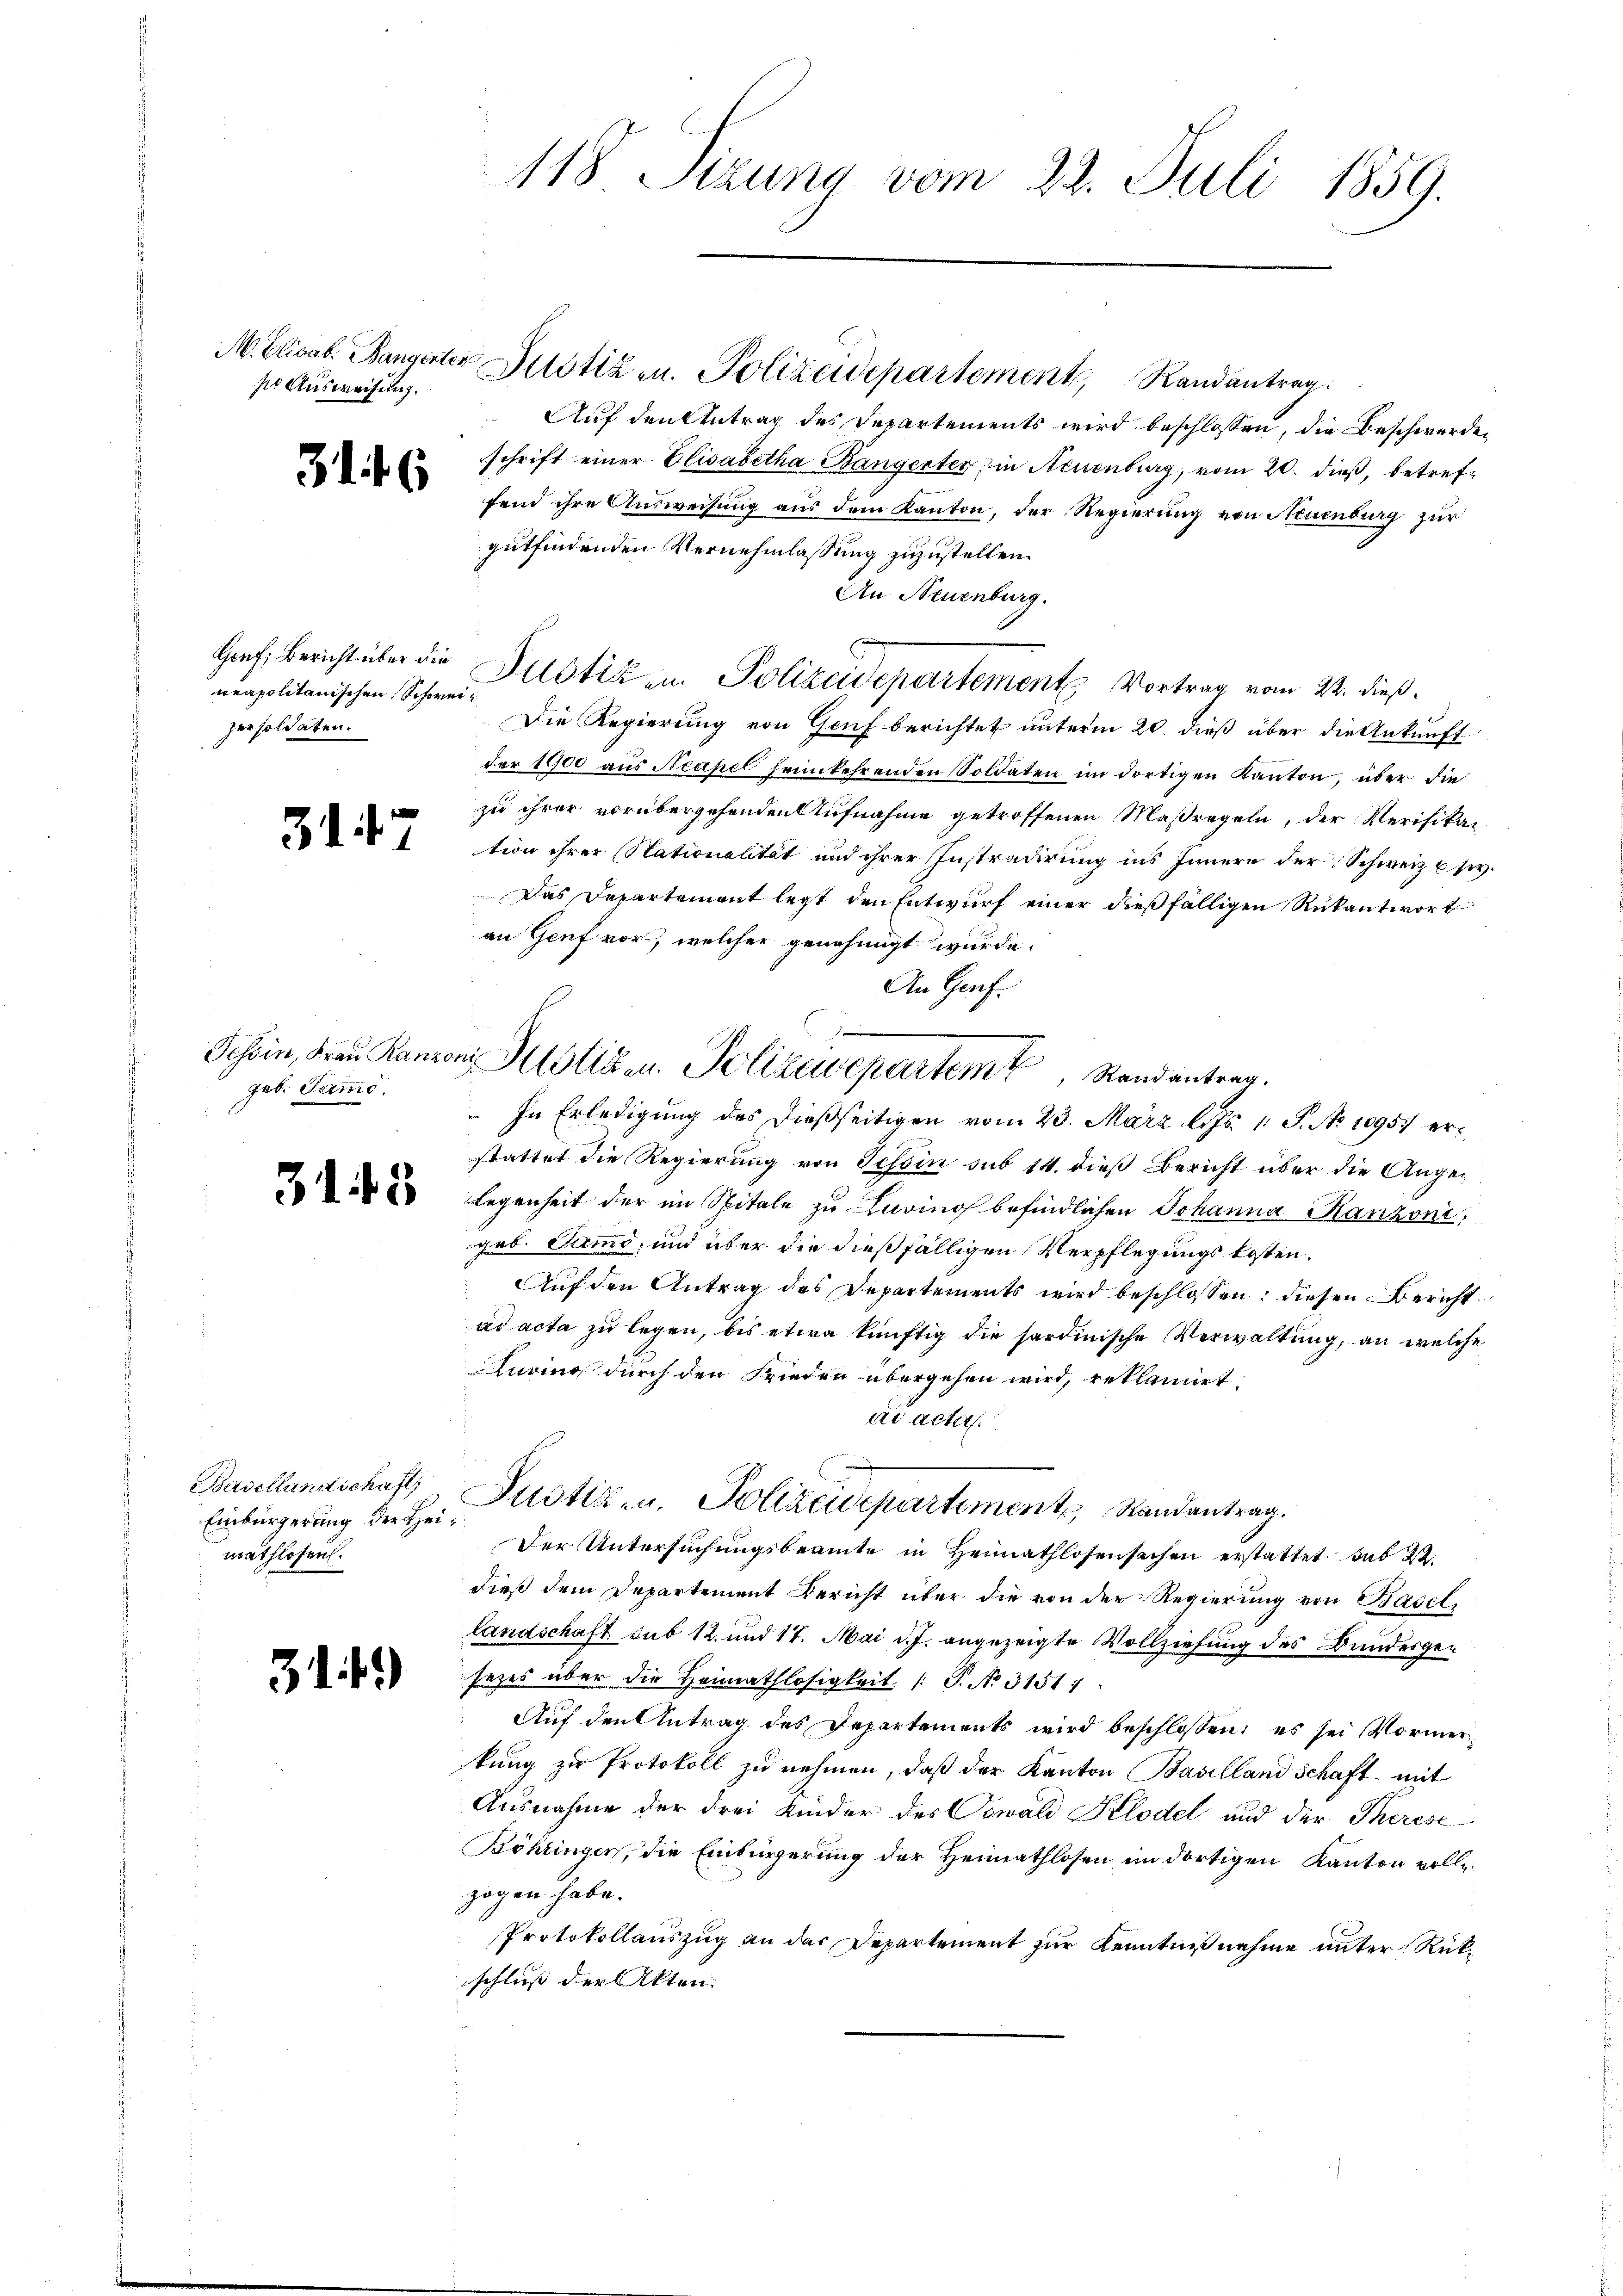
M. Elisab. Bangerter
se Ausweisung.

31. 46

neapolitanischen Schweipersoldaten.

31

geb. Sammo.

3145

Basellandschaft
Einbürgerung der Heimathlosen.

314)

118 Sizung vom 22. Juli 1859.

Potizen. Polizeidepartement, Randantrag
Auf den Antrag des Departements wird beschlossen, die Beschwerdeschrift einer Elisabetha Bangenten, in Neuenburg, vom 20. dieß, betreffend ihre Ausweisung aus dem Kanton, der Regierung von Neuenburg zur
gutfindenden Vernehmlassung zuzustellen.
An Neuenburg.
Hof, Bericht über die Sistik zu Polizeidepartement Vortrag vom 22. dieß.
Die Regierung von Genf berichtet unterm 20. dieß über die Ankunft
der 1900 aus Neapel heimkehrenden Soldaten im dortigen Kanton, über die
zu ihrer vorübergehenden Aufnahme getroffenen Maßregeln, der Verifikation ihrer Stationalität und ihrer Instradirung ins Innere der Schweiz 6 s.
Das Departement legt den Entwurf einer dießfälligen Rükantwort
an Genf vor, welcher genehmigt wurde.
An Genf.
" In Erledigung des dießseitigen vom 23. März l. Js. 1. S. No 10957 erstattet die Regierung von Tessin sub 14. dieß Bericht über die Angelegenheit der im Spitale zu Turino befindlichen Johanna Manzoni,
geb. Sammo, und über die dießfälligen Verpflegungskosten.
Auf den Antrag des Departements wird beschlossen: diesen Bericht
ad acta zu legen, bis etwa künftig die sardinische Verwaltung, an welche
Lurins durch den Frieden übergehen wird, reklamirt,
dr acter
Justizen, Polizeidepartement Randantrag.
Der Untersuchungsbeamte in Heimathlosensachen erstattet hab
dieß dem Departement Bericht über die von der Regierung von Basel,
landschaft sub 12. und 17. Mai d. J. angezeigte Vollziehung des Bundesgesezes über die Heimathlosigkeit /: J. No. 31511
Auf den Antrag des Departements wird beschlossen, es sei Vormerkung zu Protokoll zu nehmen, daß der Kanton Baselland Schaft mit
Ausnahme der drei Kinder des Conali Kilodel und der Therese¬
Böhringen, die Einbürgerung der Heimathlosen im dortigen Kanton vollzogen habe.
Protokollauszug an der Departement zur Kenntnißnahme unter Rückschluß der Akten.

Tessin, Frau Kanzoni Motiven Polizeidepartem Randantrag.